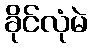
ခိုင်လုံမဲ